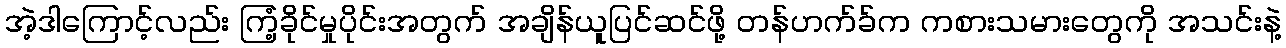
အဲ့ဒါကြောင့်လည်း ကြံ့ခိုင်မှုပိုင်းအတွက် အချိန်ယူပြင်ဆင်ဖို့ တန်ဟက်ခ်က ကစားသမားတွေကို အသင်းနဲ့